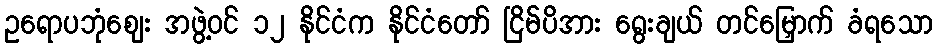
ဥရောပဘုံဈေး အဖွဲ့ဝင် ၁၂ နိုင်ငံက နိုင်ငံတော် ငြိမ်ပိအား ရွေးချယ် တင်မြှောက် ခံရသော